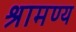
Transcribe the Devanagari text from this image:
श्रामण्य